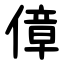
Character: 傽